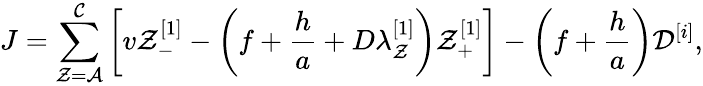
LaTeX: J=\sum_{\mathcal{Z}=\mathcal{A}}^{\mathcal{C}}\left[v\mathcal{Z}_{-}^{[1]}-\left(f+\frac{h}{a}+D\lambda_{\mathcal{Z}}^{[1]}\right)\mathcal{Z}_{+}^{[1]}\right]-\left(f+\frac{h}{a}\right)\mathcal{D}^{[i]},